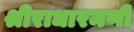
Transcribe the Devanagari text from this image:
श्रीराधारमणी